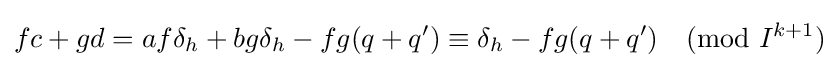
fc+gd=af\delta _{h}+bg\delta _{h}-fg(q+q')\equiv \delta _{h}-fg(q+q'){\pmod {I^{k+1}}}